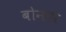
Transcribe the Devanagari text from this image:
बोनएर